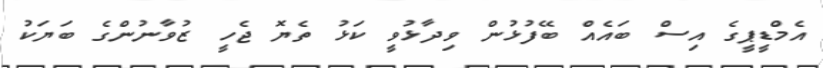
އެމްޑީޕީގެ އިސް ބައެއް ބޭފުޅުން ވިދާޅުވީ ކަޅު ތެޔޮ ޖެހީ ޒުވާނުންގެ ބަޔަކު